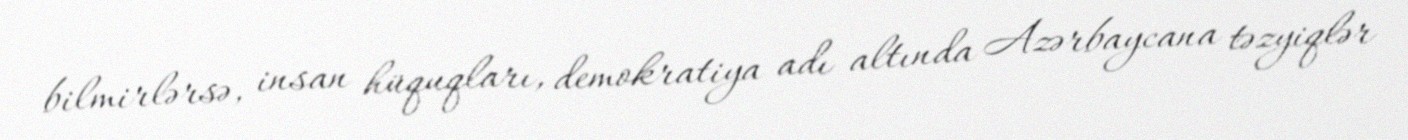
bilmirlərsə, insan hüquqları, demokratiya adı altında Azərbaycana təzyiqlər